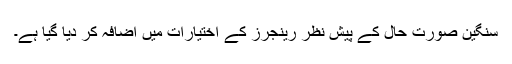
سنگین صورتِ حال کے پیش نظر رینجرز کے اختیارات میں اضافہ کر دیا گیا ہے۔